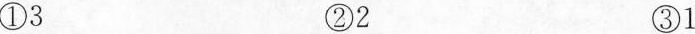
①3 ②2 ③1